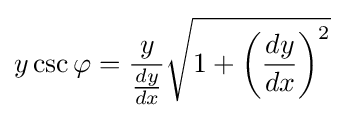
y\csc \varphi ={\frac {y}{\tfrac {dy}{dx}}}{\sqrt {1+\left({\frac {dy}{dx}}\right)^{2}}}